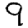
Digit: 9